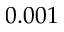
0 . 0 0 1